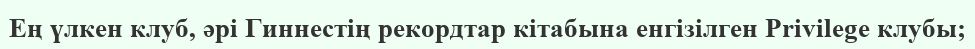
Ең үлкен клуб, әрі Гиннестің рекордтар кітабына енгізілген Privilege клубы;